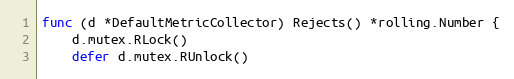
Language: Go
func (d *DefaultMetricCollector) Rejects() *rolling.Number {
	d.mutex.RLock()
	defer d.mutex.RUnlock()